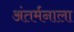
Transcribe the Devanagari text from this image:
अंतर्मनाला